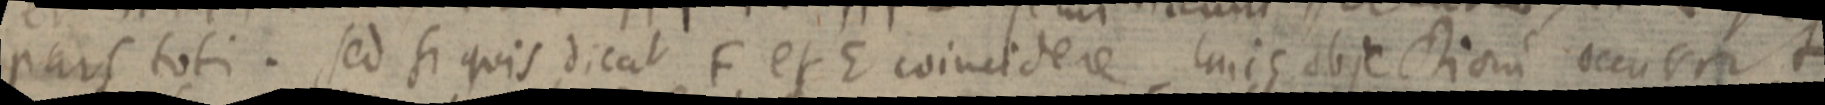
pars toti. sed si quis dicat F et E coincidere, la_c objectioni occurrit